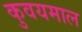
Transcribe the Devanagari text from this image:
कुवयमाल